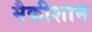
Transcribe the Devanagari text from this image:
मैकीशान